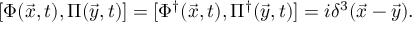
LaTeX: { [ } \Phi ( \vec { x } , t ) , \Pi ( \vec { y } , t ) ] = [ \Phi ^ { \dagger } ( \vec { x } , t ) , \Pi ^ { \dagger } ( \vec { y } , t ) ] = i \delta ^ { 3 } ( \vec { x } - \vec { y } ) .